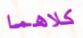
كلاهما